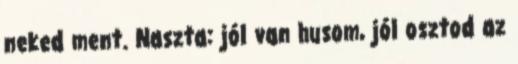
neked ment. Naszta: jól van husom, jól osztod az